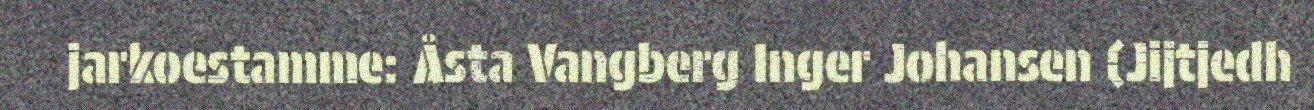
jarkoestamme: Åsta Vangberg Inger Johansen (Jijtjedh